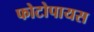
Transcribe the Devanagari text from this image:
फोटोपायस